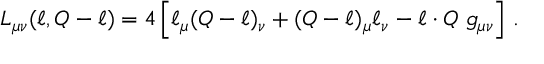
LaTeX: L _ { \mu \nu } ( \ell , Q - \ell ) = 4 \left[ \ell _ { \mu } ( Q - \ell ) _ { \nu } + ( Q - \ell ) _ { \mu } \ell _ { \nu } - \ell \cdot Q \ g _ { \mu \nu } \right] \, .